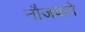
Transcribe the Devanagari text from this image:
नौजवाने